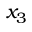
x _ { 3 }